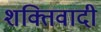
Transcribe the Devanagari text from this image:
शक्तिवादी